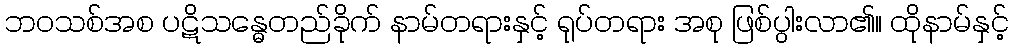
ဘဝသစ်အစ ပဋိသန္ဓေတည်ခိုက် နာမ်တရားနှင့် ရုပ်တရား အစု ဖြစ်ပွါးလာ၏။ ထိုနာမ်နှင့်